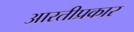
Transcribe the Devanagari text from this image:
आरतीप्रकार